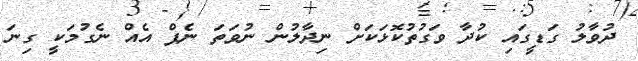
ދުވާލު ގަޑީގައި ކުދާ ވަގުތުކޮޅަކަށް ނިދާލުން ނުވަތަ ނެޕް އެއް ނެގުމަކީ ގިނަ